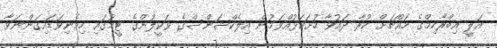
އަލީ އިބްރާހިމްގެ މައްޗަށް ކުރާ ދައުވާ ހުށަހަޅުއްވަމުން އިލެކްޝަންސްގެ ވަކީލުންގެ ޓީމުގައި ހިމެނިވަޑައިގަންނަވާ